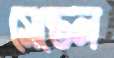
সেন্ডেল